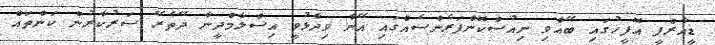
ޑީއާރްޕީ އޮފީހުގައި ބޭއްވި ނިއުސްކޮންފަރެންސެއްގައި އޭނާ ވިދާޅުވީ އިސްލާމްދީނާ ދޭތެރޭ ސަރުކާރުން ކަންތައް